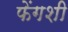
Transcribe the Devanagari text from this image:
फेंगशी